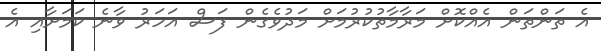
އެ ތަންތަން އެއްކޮށް މަރާމާތުކުރުމަށް މަދުވެގެން ފަސް އަހަރު ވާނެ ކަމަށާއި އެ